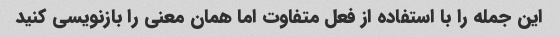
این جمله را با استفاده از فعل متفاوت اما همان معنی را بازنویسی کنید